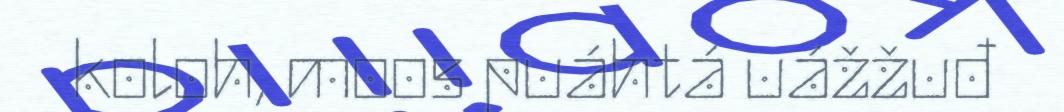
koloh, moos puáhtá uážžuđ